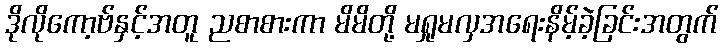
ဒိုလိုကော့ဗ်နှင့်အတူ ညစာစားကာ မိမိတို့ မရှုမလှအရေးနိမ့်ခဲ့ခြင်းအတွက်